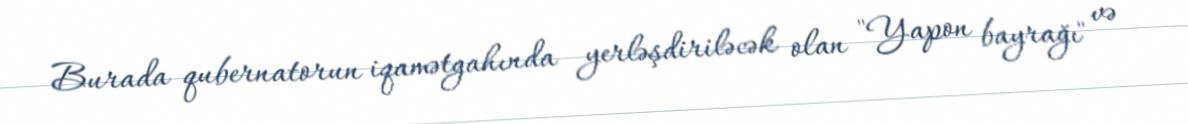
Burada qubernatorun iqamətgahında yerləşdiriləcək olan "Yapon bayrağı" və